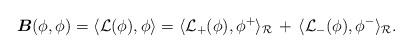
LaTeX: \begin{align*}\boldsymbol{B}(\phi, \phi)=\langle {\mathcal L}(\phi), \phi\rangle=\langle {\mathcal L}_+(\phi),\phi^+\rangle_{\mathcal R}\,+\,\langle {\mathcal L}_-(\phi), \phi^-\rangle_{\mathcal R}.\end{align*}